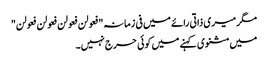
مگر میری ذاتی رائے میں فی زمانہ"فعولن فعولن فعولن فعولن"
میں مثنوی کہنے میں کوئی حرج نہیں۔